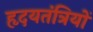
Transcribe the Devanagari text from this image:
हृदयतंत्रियों